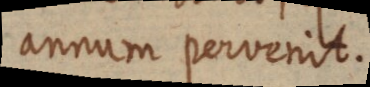
annum pervenit.